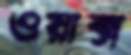
ওয়াক্স